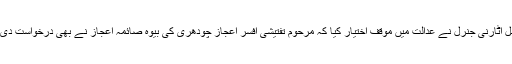
ایڈیشنل اٹارنی جنرل نے عدالت میں موقف اختیار کیا کہ مرحوم تفتیشی افسر اعجاز چودھری کی بیوہ صائمہ اعجاز نے بھی درخواست دی تھی۔